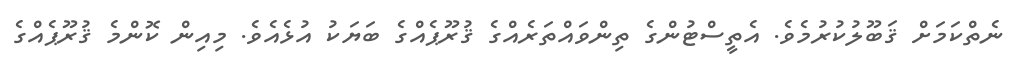
ނެތްކަމަށް ޤަބޫލުކުރުމެވެ. އެތީސްޓުންގެ ތިންވައްތަރެއްގެ ޤުރޫޕެއްގެ ބަޔަކު އުޅެއެވެ. މިއިން ކޮންމެ ޤުރޫޕެއްގެ